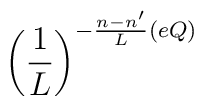
\left(\frac{1}{L}\right)^{-\frac{n-n'}{L}(eQ)}